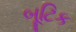
બૂટિક